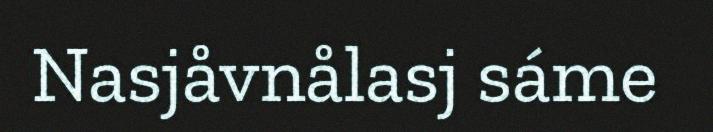
Nasjåvnålasj sáme